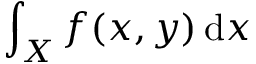
\int _ { X } f ( x , y ) \, { \mathrm { d } } x